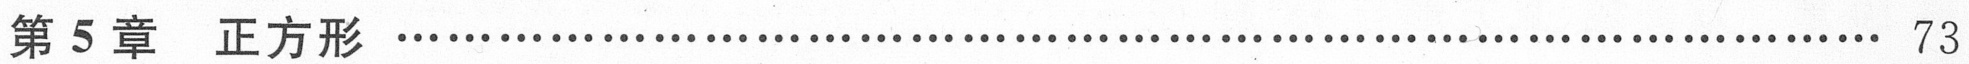
第 5 章  正方形 $\cdots\cdots\cdots\cdots\cdots\cdots\cdots\cdots\cdots\cdots\cdots\cdots\cdots\cdots\cdots\cdots\cdots\cdots\cdots\cdots\cdots\cdots\cdots\cdots$ 73